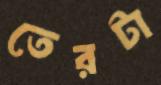
তেরটা